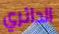
الدائري